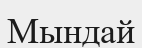
Мындай